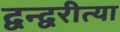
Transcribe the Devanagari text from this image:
द्वन्द्वरीत्या